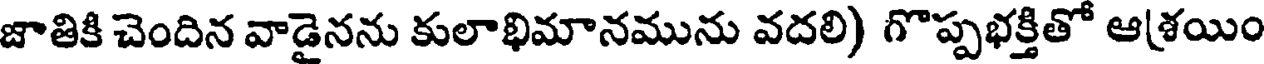
జాతికి చెందిన వాడైనను కులాభిమానమును వదలి) గొప్పభక్తితో ఆశ్రయిం